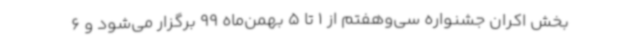
بخش اکران جشنواره سی‌وهفتم از 1 تا 5 بهمن‌ماه 99 برگزار می‌شود و 6